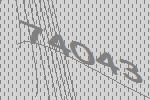
74043